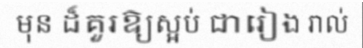
មុន ដ៏គួរឱ្យស្អប់ ជារៀង រាល់